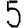
Digit: 5